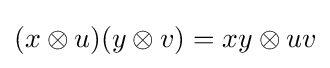
(x\otimes u)(y\otimes v)=xy\otimes uv